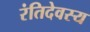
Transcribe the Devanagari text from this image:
रंतिदेवस्य